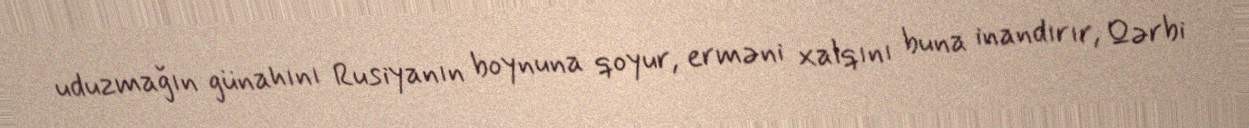
uduzmağın günahını Rusiyanın boynuna qoyur, erməni xalqını buna inandırır, Qərbi